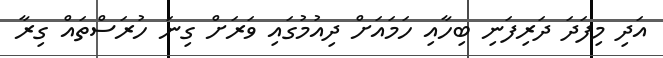
އަދި މިފަދަ ދަރިފަނި ބިހާއި ހަމައަށް ދިއުމުގައި ވަރަށް ގިނަ ހުރަސްތައް ގިރާ